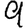
Digit: 9